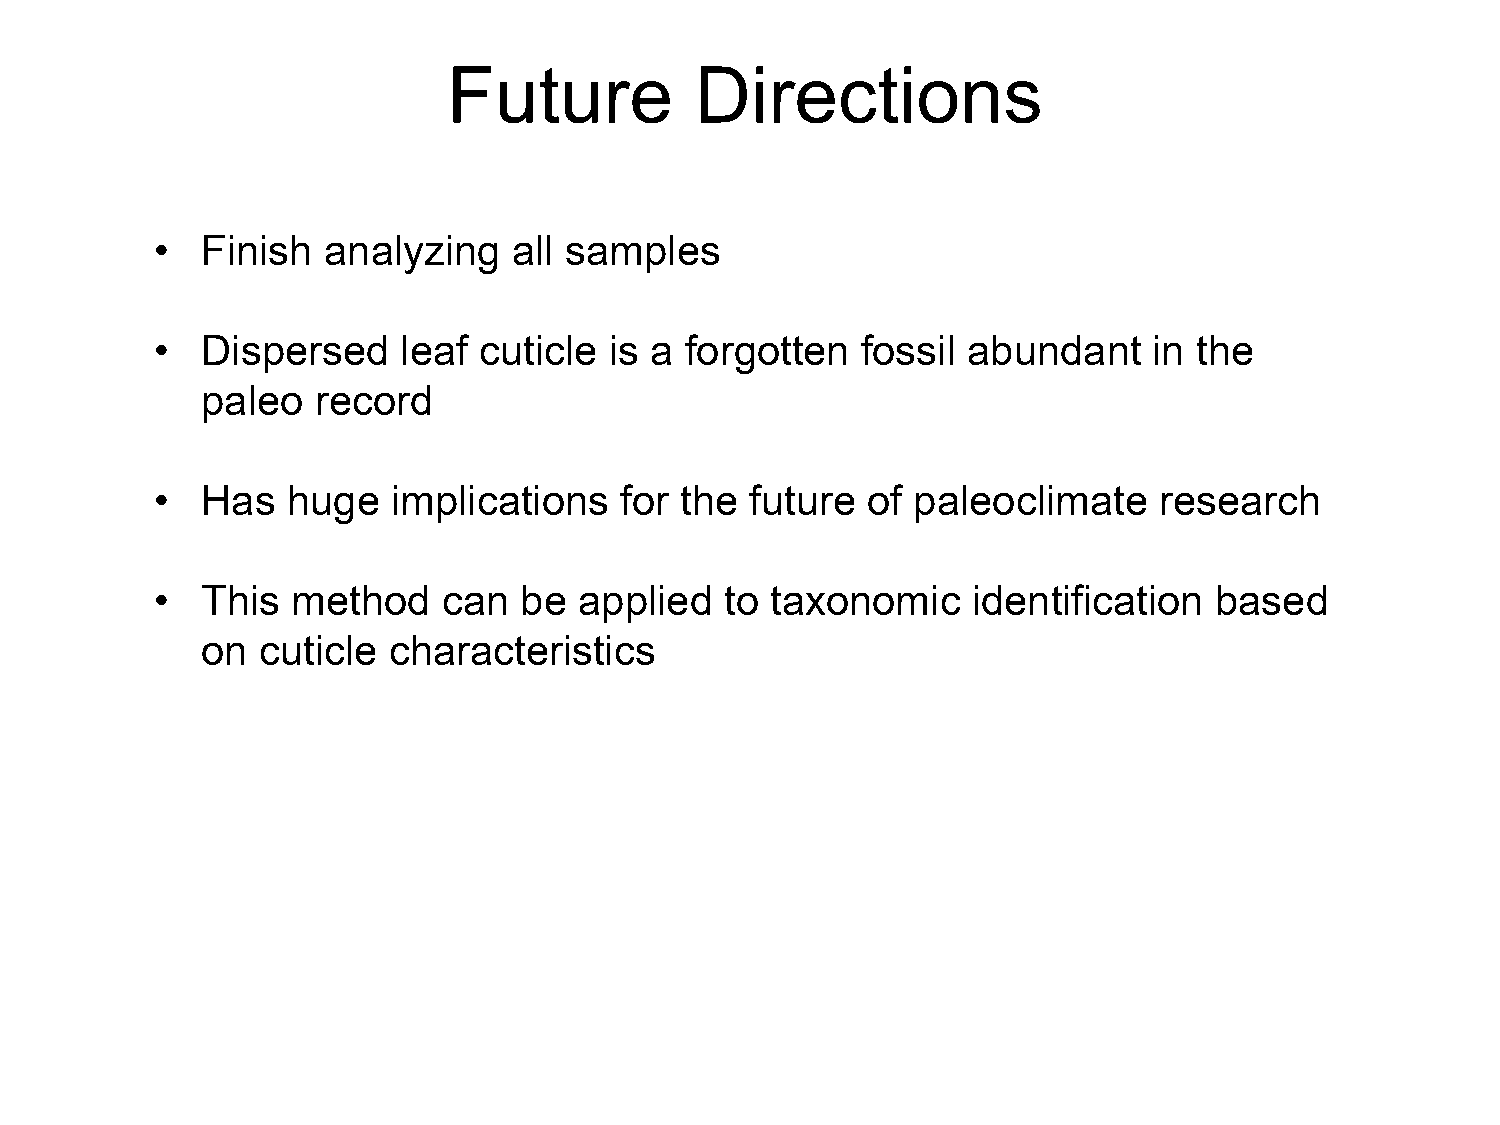
Future          Directions
 •  Finish  analyzing    all samples
 •  Dispersed     leaf cuticle is a forgotten   fossil abundant    in the
 paleo   record
 •  Has   huge   implications   for the  future of paleoclimate     research
 •  This  method    can  be  applied   to taxonomic    identification  based
 on  cuticle  characteristics